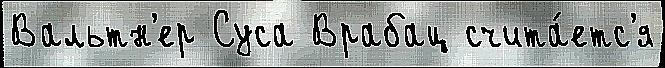
Вальтн'ер Суса Врабац счита́етс'я